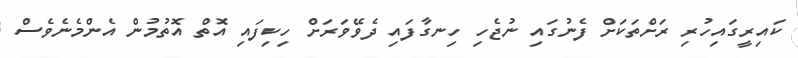
ކައިރީގައިހުރި ރަށްތަކަށް ފެނުގައި ނުޖެހި ހިނގާފައި ދެވޭވަރަށް ހިކިފައި އޮތް އޮތުމުން އެންމެނެވެސް